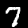
Digit: 7